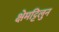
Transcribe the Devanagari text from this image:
क्षेमट्टिलुन